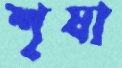
শৃষা